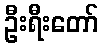
ဦးရီးတော်